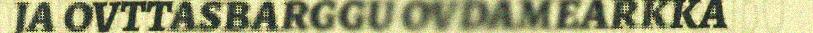
JA OVTTASBARGGU OVDAMEARKKA